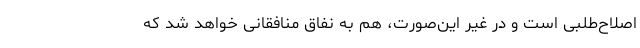
اصلاح‌طلبی است و در غیر این‌صورت، هم به نفاق منافقانی خواهد شد که